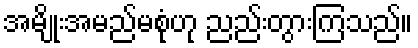
အမျိုးအမည်မစုံဟု ညည်းတွားကြသည်။